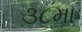
૩૮મા